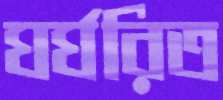
ঘর্ঘরিত